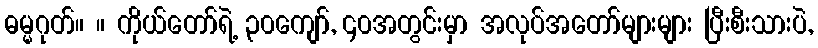
ဓမ္မဂုတ်။ ။ ကိုယ်တော်ရဲ့ ၃၀ကျော်, ၄၀အတွင်းမှာ အလုပ်အတော်များများ ပြီးစီးသားပဲ,